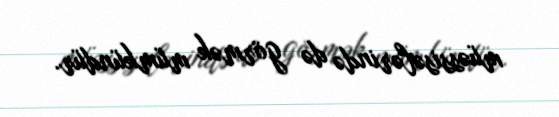
müəssisələrində də görmək mümkündür.